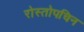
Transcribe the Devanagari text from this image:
रोस्तोपचिन